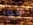
هو